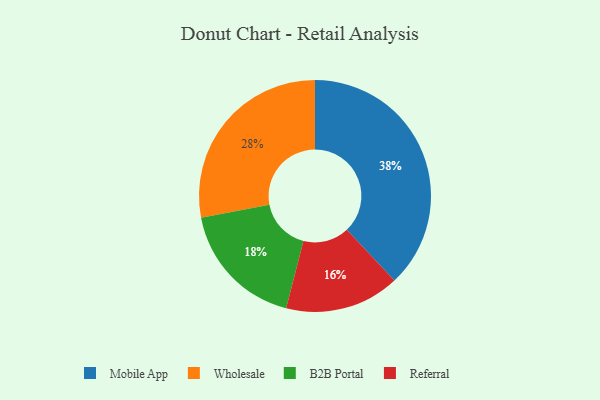
{"axis": {"x": "Category", "y": "Percentage"}, "legend": ["B2B Portal", "Mobile App", "Referral", "Wholesale"], "data": [{"x": "Mobile App", "y": 38, "type": "Mobile App"}, {"x": "B2B Portal", "y": 18, "type": "B2B Portal"}, {"x": "Referral", "y": 16, "type": "Referral"}, {"x": "Wholesale", "y": 28, "type": "Wholesale"}]}